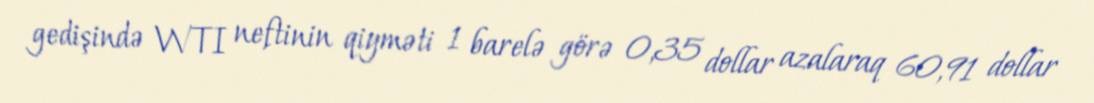
gedişində WTI neftinin qiyməti 1 barelə görə 0,35 dollar azalaraq 60,91 dollar